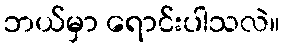
ဘယ်မှာ ရောင်းပါသလဲ။